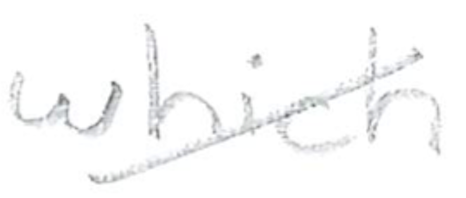
Text: which
Cross-out: mix
Writing tool: pencil